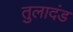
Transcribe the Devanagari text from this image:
तुलादंड